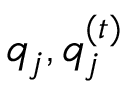
{ q _ { j } } , q _ { j } ^ { ( t ) }